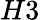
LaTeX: H3